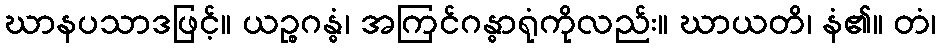
ဃာနပသာဒဖြင့်။ ယဉ္စဂန္ဓံ၊ အကြင်ဂန္ဓာရုံကိုလည်း။ ဃာယတိ၊ နံ၏။ တံ၊